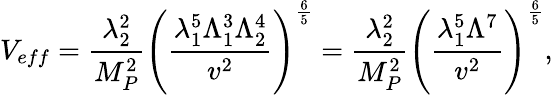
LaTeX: V_{eff}=\frac{\lambda_{2}^{2}}{M_{P}^{2}}\left(\frac{\lambda_{1}^{5}\Lambda_{1}^{3}\Lambda_{2}^{4}}{v^{2}}\right)^{\frac{6}{5}}=\frac{\lambda_{2}^{2}}{M_{P}^{2}}\left(\frac{\lambda_{1}^{5}\Lambda^{7}}{v^{2}}\right)^{\frac{6}{5}},